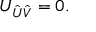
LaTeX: { \cal U } _ { \hat { U } \hat { V } } = 0 .